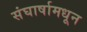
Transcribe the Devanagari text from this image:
संघार्षामधून